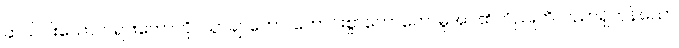
ဆယ်ပါးသောတရားတော်ကို။ သွာချာတော၊ ကောင်းစွာဟောတော်မူအပ်၏။ ဝိညူဟိ၊ ပညာရှိကုန်သော